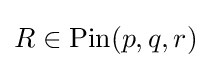
R\in {\text{Pin}}(p,q,r)